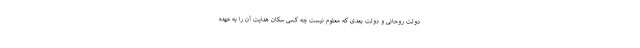
دولت روحانی و دولت بعدی که معلوم نیست چه کسی سکان هدایت آن را به عهده